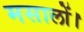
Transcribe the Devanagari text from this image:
मसालों।